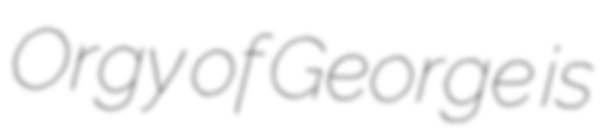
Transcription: Orgy of George is